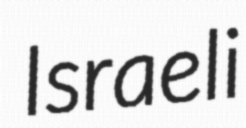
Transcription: Israeli